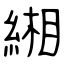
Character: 緗